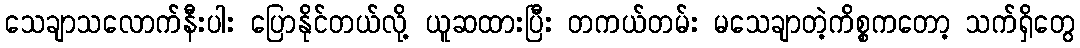
သေချာသလောက်နီးပါး ပြောနိုင်တယ်လို့ ယူဆထားပြီး တကယ်တမ်း မသေချာတဲ့ကိစ္စကတော့ သက်ရှိတွေ